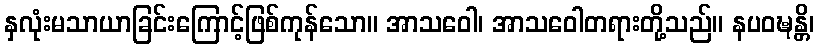
နှလုံးမသာယာခြင်းကြောင့်ဖြစ်ကုန်သော။ အာသဝေါ၊ အာသဝေါတရားတို့သည်။ နပဝဍ္ဎန္တိ၊